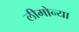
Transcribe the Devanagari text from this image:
लीमोन्या